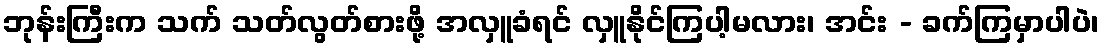
ဘုန်းကြီးက သက် သတ်လွတ်စားဖို့ အလှူခံရင် လှူနိုင်ကြပါ့မလား၊ အင်း - ခက်ကြမှာပါပဲ၊